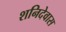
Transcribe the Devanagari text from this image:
शनिदेवास